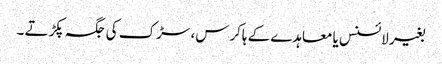
بغیر لائسنس یا معاہدے کے ہاکرس، سڑک کی جگہ پکڑتے ۔